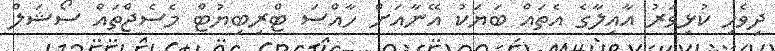
ދިވެހި ކުޅިވަރު އާއިލާގެ އެތައް ބަޔަކު އޭނާއަށް ހާއްސަ ޓްރިބިޔުޓް މެސެޖްތައް ސޯޝަލް